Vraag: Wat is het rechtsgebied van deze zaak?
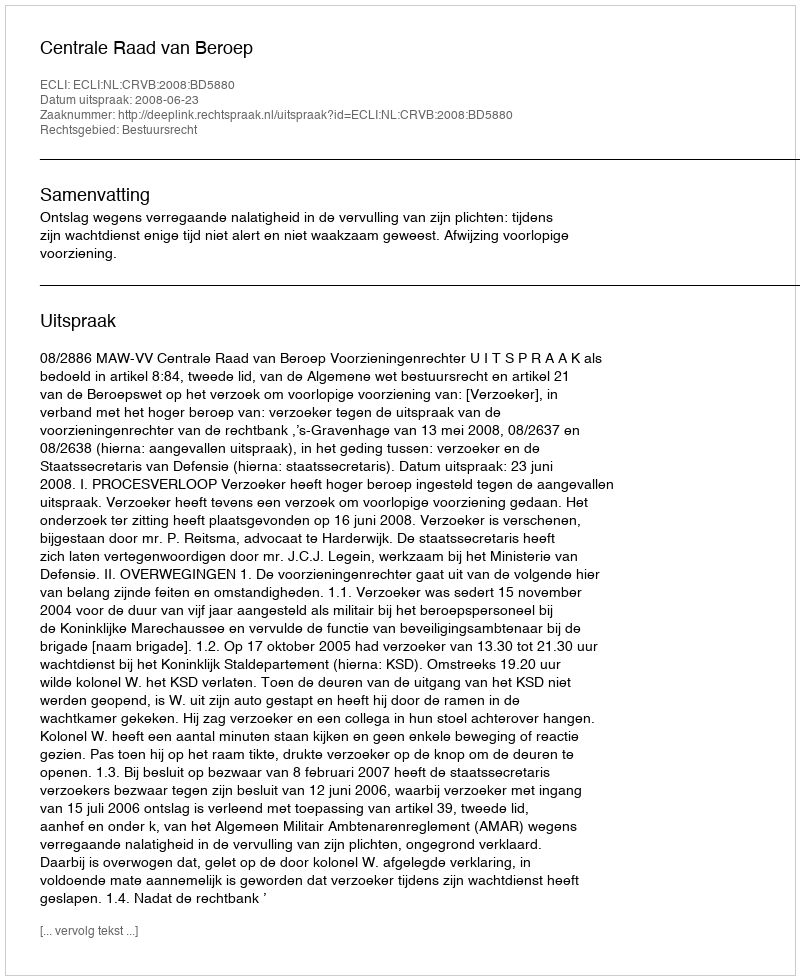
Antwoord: Bestuursrecht